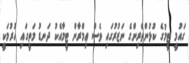
ގައުމީ ޓީމުގެ ކުޅުންތެރިންގެ ނަޒުރުގައި ވެސް ޢިމްރާން ޓީމާއެކު ދަނޑު މަތީގައި ހުރުމަކީ